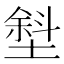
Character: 㙦